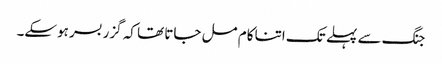
جنگ سے پہلے تک اتنا کام مل جاتا تھا کہ گزر بسر ہوسکے۔